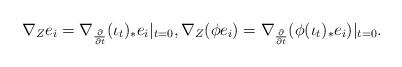
LaTeX: \begin{align*}\nabla_{Z} e_{i} &= \nabla_{\frac{\partial}{\partial t}} (\iota_{t})_{*} e_{i} |_{t=0}, \nabla_{Z} (\phi e_{i}) = \nabla_{\frac{\partial}{\partial t}} (\phi (\iota_{t})_{*} e_{i}) |_{t=0}. \end{align*}